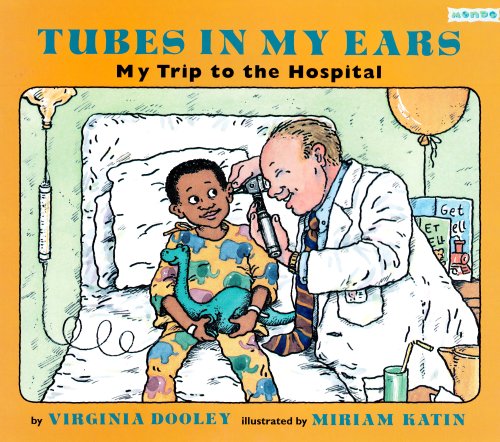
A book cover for Tubes in My Ears: My Trip to the Hospital; Virginia Dooley; Children's Books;